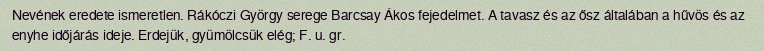
Nevének eredete ismeretlen. Rákóczi György serege Barcsay Ákos fejedelmet. A tavasz és az ősz általában a hűvös és az enyhe időjárás ideje. Erdejük, gyümölcsük elég; F. u. gr.